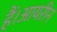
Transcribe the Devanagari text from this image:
हैं।आयरीन